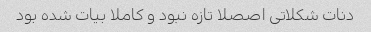
دنات شکلاتی اصصلا تازه نبود و کاملا بیات شده بود